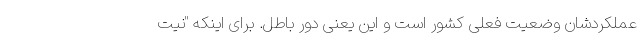
عملکردشان وضعیت فعلی کشور است و این یعنی دور باطل. برای اینکه "نیت